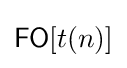
{\mathsf {FO}}[t(n)]